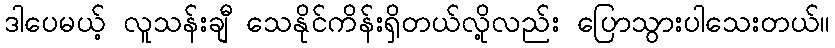
ဒါပေမယ့် လူသန်းချီ သေနိုင်ကိန်းရှိတယ်လို့လည်း ပြောသွားပါသေးတယ်။